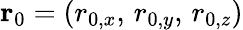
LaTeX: \mathbf{r}_{0}=(r_{0,x},\, r_{0,y},\, r_{0,z})